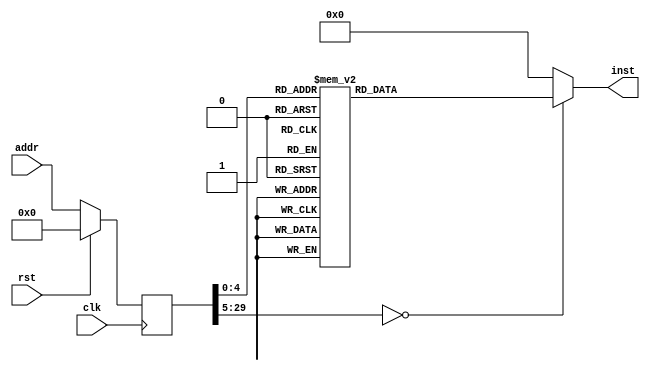
module echo(input clk, input rst, input [29:0] addr, output reg [31:0] inst);
reg [29:0] addr_r;
always @(posedge clk)
begin
addr_r <= (rst) ? (30'b0) : (addr);
end
always @(*)
begin
case(addr_r)
30'h00000000: inst = 32'h37070010;
30'h00000001: inst = 32'h13070704;
30'h00000002: inst = 32'hef004000;
30'h00000003: inst = 32'h130707fe;
30'h00000004: inst = 32'h232e1700;
30'h00000005: inst = 32'h232c2700;
30'h00000006: inst = 32'h13010702;
30'h00000007: inst = 32'h37080040;
30'h00000008: inst = 32'h232601ff;
30'h00000009: inst = 32'h0328c1fe;
30'h0000000a: inst = 32'h232401ff;
30'h0000000b: inst = 32'h032881fe;
30'h0000000c: inst = 32'he7000800;
30'h0000000d: inst = 32'h13080000;
30'h0000000e: inst = 32'h8320c701;
30'h0000000f: inst = 32'h03218701;
30'h00000010: inst = 32'h13070702;
30'h00000011: inst = 32'h67800000;
default:      inst = 32'h00000000;
endcase
end
endmodule